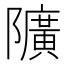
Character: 𨽏